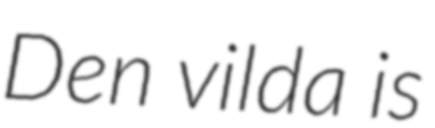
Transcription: Den vilda is